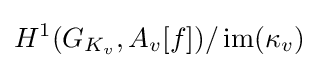
H^{1}(G_{K_{v}},A_{v}[f])/\operatorname {im} (\kappa _{v})